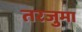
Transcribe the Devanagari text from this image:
तरजुमा